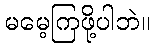
မမေ့ကြဖို့ပါဘဲ။